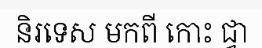
និរទេស មកពី កោះ ជ្វា